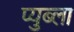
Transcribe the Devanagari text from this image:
प्युब्ला